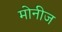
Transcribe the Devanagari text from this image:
मोनीज